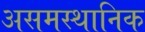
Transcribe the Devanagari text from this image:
असमस्थानिक